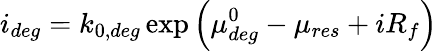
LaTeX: i_{deg}=k_{0,deg}\exp{\left({\mu_{deg}^{0}-\mu_{res}+iR_{f}}\right)}